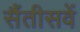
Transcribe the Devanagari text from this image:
सैंतीसवें